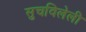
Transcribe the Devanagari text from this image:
सुचविलेली